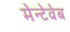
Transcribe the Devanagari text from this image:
मेन्टेवेब